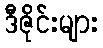
ဒီဇိုင်းများ